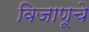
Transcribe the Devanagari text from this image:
विजाणूचे